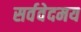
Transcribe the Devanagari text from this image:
सर्ववेदमय